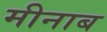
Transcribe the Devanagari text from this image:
मीनाब